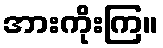
အားကိုးကြ။